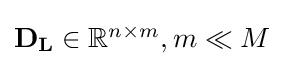
{\textstyle \mathbf {D_{L}} \in \mathbb {R} ^{n\times m},m\ll M}